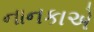
નાનકાએ